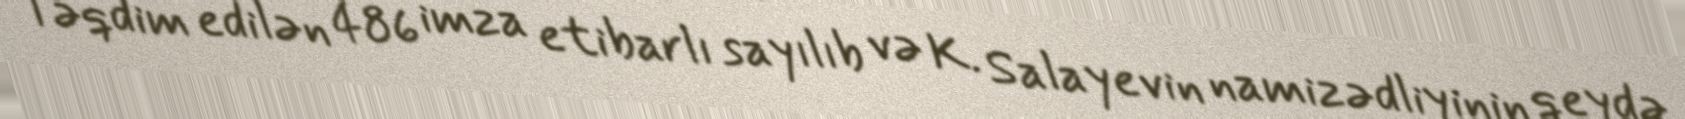
Təqdim edilən 486 imza etibarlı sayılıb və K. Salayevin namizədliyinin qeydə